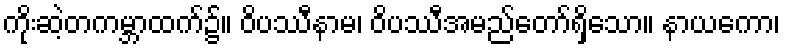
ကိုးဆဲ့တကမ္ဘာထက်၌။ ဝိပဿီနာမ၊ ဝိပဿီအမည်တော်ရှိသော။ နာယကော၊